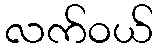
လက်ဝယ်